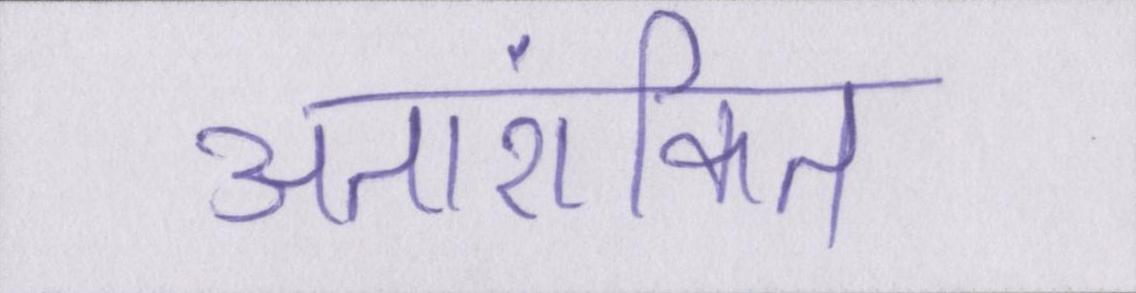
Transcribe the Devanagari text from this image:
अतारांकित